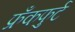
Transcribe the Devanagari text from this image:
फ्रँकफुर्ट